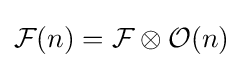
{\mathcal {F}}(n)={\mathcal {F}}\otimes {\mathcal {O}}(n)